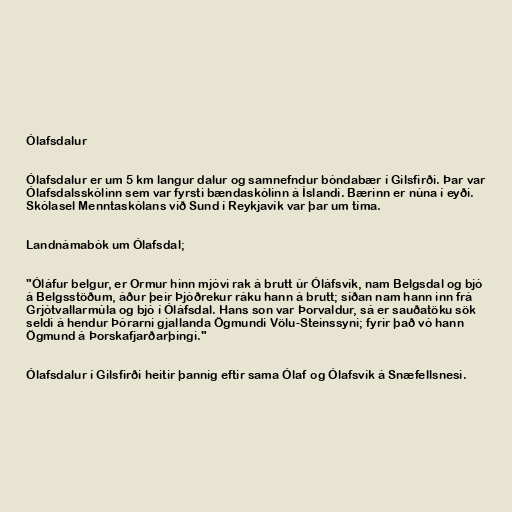
Ólafsdalur

Ólafsdalur er um 5 km langur dalur og samnefndur bóndabær í Gilsfirði. Þar var
Ólafsdalsskólinn sem var fyrsti bændaskólinn á Íslandi. Bærinn er núna í eyði.
Skólasel Menntaskólans við Sund í Reykjavík var þar um tíma.

Landnámabók um Ólafsdal;

"Óláfur belgur, er Ormur hinn mjóvi rak á brutt úr Óláfsvík, nam Belgsdal og bjó
á Belgsstöðum, áður þeir Þjóðrekur ráku hann á brutt; síðan nam hann inn frá
Grjótvallarmúla og bjó í Óláfsdal. Hans son var Þorvaldur, sá er sauðatöku sök
seldi á hendur Þórarni gjallanda Ögmundi Völu-Steinssyni; fyrir það vó hann
Ögmund á Þorskafjarðarþingi."

Ólafsdalur í Gilsfirði heitir þannig eftir sama Ólaf og Ólafsvík á Snæfellsnesi.